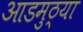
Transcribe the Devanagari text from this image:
आडमुठ्या